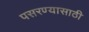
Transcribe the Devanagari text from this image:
पसरण्यासाठी